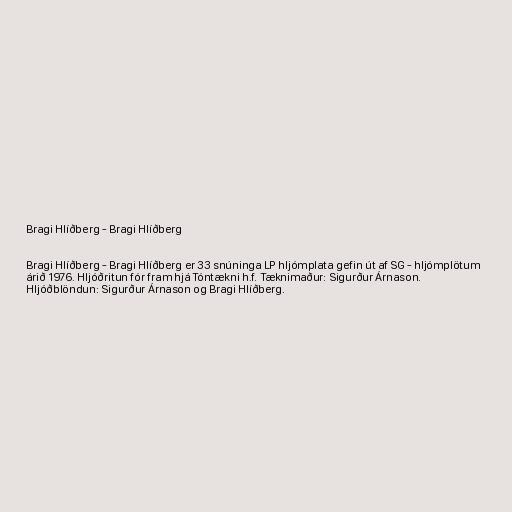
Bragi Hlíðberg - Bragi Hlíðberg

Bragi Hlíðberg - Bragi Hlíðberg er 33 snúninga LP hljómplata gefin út af SG - hljómplötum
árið 1976. Hljóðritun fór fram hjá Tóntækni h.f. Tæknimaður: Sigurður Árnason.
Hljóðblöndun: Sigurður Árnason og Bragi Hlíðberg.